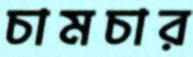
চামচার